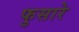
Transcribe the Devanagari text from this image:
फुसारे